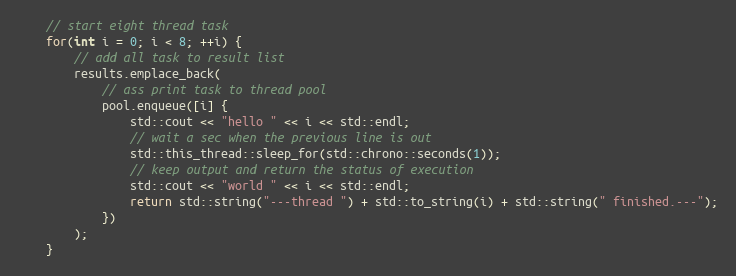
Language: C++
    // start eight thread task
    for(int i = 0; i < 8; ++i) {
        // add all task to result list
        results.emplace_back(
            // ass print task to thread pool
            pool.enqueue([i] {
                std::cout << "hello " << i << std::endl;
                // wait a sec when the previous line is out
                std::this_thread::sleep_for(std::chrono::seconds(1));
                // keep output and return the status of execution
                std::cout << "world " << i << std::endl;
                return std::string("---thread ") + std::to_string(i) + std::string(" finished.---");
            })
        );
    }